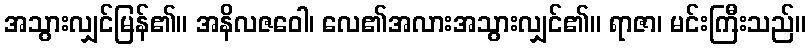
အသွားလျှင်မြန်၏။ အနိလဇဝေါ၊ လေ၏အလားအသွားလျှင်၏။ ရာဇာ၊ မင်းကြီးသည်။